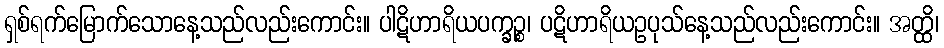
ရှစ်ရက်မြောက်သောနေ့သည်လည်းကောင်း။ ပါဋိဟာရိယပက္ခဉ္စ၊ ပဋိဟာရိယဥပုသ်နေ့သည်လည်းကောင်း။ အတ္ထိ၊